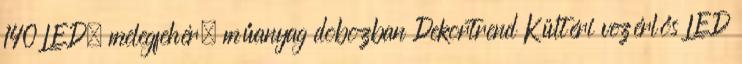
140 LED, melegfehér, műanyag dobozban Dekortrend Kültéri vezérlős LED